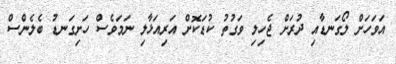
އަވަހަށް ލޯގަނޑާއި ދުރަށް ޖެހިލި ވަގުތު ކުޑަކޮށް އަރިއަޅާލި ނަމަވެސް ހަށިގަނޑު ބެލެންސް